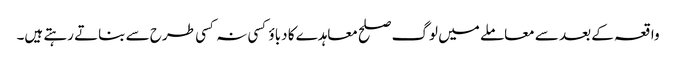
واقعہ کے بعد سے معاملے میں لوگ صلح معاہدے کا دباؤ کسی نہ کسی طرح سے بناتے رہتے ہیں۔